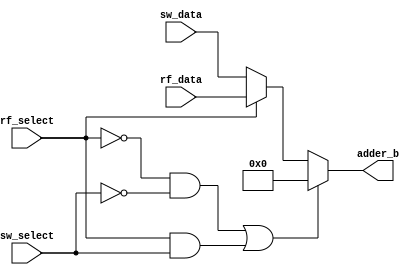
`timescale 1ns / 1ps
//////////////////////////////////////////////////////////////////////////////////
// Company: 
// Engineer: 
// 
// Design Name: 
// Module Name: immed_mux
// Project Name: 
// Target Devices: 
// Tool Versions: 
// Description: 
// 
// Dependencies: 
// 
// Revision:
// Revision 0.01 - File Created
// Additional Comments:
// 
//////////////////////////////////////////////////////////////////////////////////


module immed_mux(   input [3:0] rf_data,
                    input [3:0] sw_data,
                    input rf_select,
                    input sw_select,
                    output reg [3:0] adder_b);

    always@(*)
    begin
    
        if((rf_select==0 && sw_select==0)||(rf_select==1 && sw_select==1))
            adder_b <= 0;
            
        else if(rf_select==1)
            adder_b <= rf_data;

        else //_Extern
            adder_b <= sw_data;
            
    end
        
endmodule